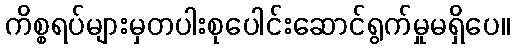
ကိစ္စရပ်များမှတပါးစုပေါင်းဆောင်ရွက်မှုမရှိပေ။